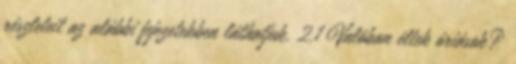
részleteit az alábbi fejezetekben láthatjuk. 2.1 Valóban éltek óriások?